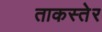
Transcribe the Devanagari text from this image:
ताकस्तेर